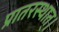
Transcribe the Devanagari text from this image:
प्रातरस्थात्।